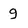
Character: 9